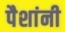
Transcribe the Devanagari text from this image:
पैशांनी